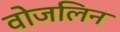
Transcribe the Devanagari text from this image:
वोजलिन